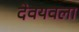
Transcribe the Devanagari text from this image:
देवयवला